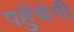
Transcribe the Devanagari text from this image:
पहुँचेगी